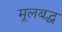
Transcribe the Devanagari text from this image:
मूलबद्ध